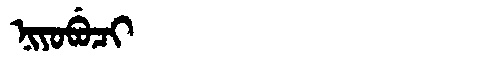
Manchu: ᠨᡳᠶᠣᠪᡠᠴᡳ
Romanization: NIYOBUCI